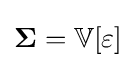
\mathbf {\Sigma } =\mathbb {V} [\varepsilon ]